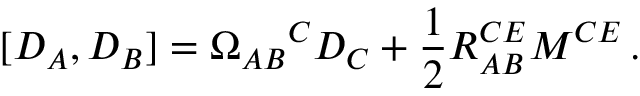
[ D _ { A } , D _ { B } ] = \Omega _ { A B } { } ^ { C } D _ { C } + \frac { 1 } { 2 } R _ { A B } ^ { C E } M ^ { C E } \, .